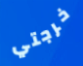
خرجتي